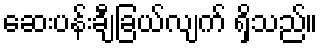
ဆေးပန်းချီခြယ်လျက် ရှိသည်။